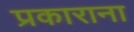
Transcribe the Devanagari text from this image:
प्रकाराना